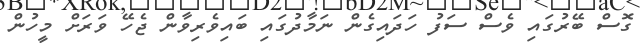
ގޮސް ބޭރުގައި ވެސް ސަފު ހަދައިގެން ނަމާދުގައި ބައިވެރިވާން ޖެހޭ ވަރަށް މީހުން